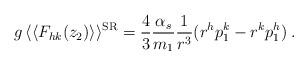
LaTeX: \begin{align*}g \, \langle\langle F_{hk}(z_2) \rangle\rangle^{{\rm SR}} = \frac{4}{3}\frac{\alpha_s}{m_1} \frac{1}{r^3} ( r^hp_1^k - r^kp_1^h ) \> .\end{align*}